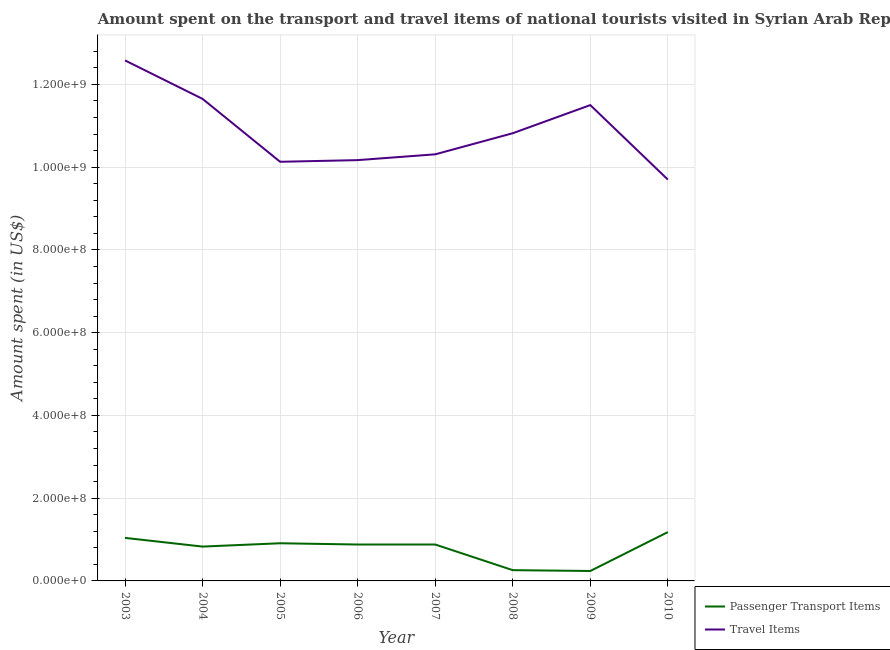
| Year | Passenger Transport Items | Travel Items |
 | --- | --- | --- |
 | 2003 | 1.04e+08 | 1.26e+09 |
 | 2004 | 8.3e+07 | 1.16e+09 |
 | 2005 | 9.1e+07 | 1.01e+09 |
 | 2006 | 8.8e+07 | 1.02e+09 |
 | 2007 | 8.8e+07 | 1.03e+09 |
 | 2008 | 2.6e+07 | 1.08e+09 |
 | 2009 | 2.4e+07 | 1.15e+09 |
 | 2010 | 1.18e+08 | 9.7e+08 |